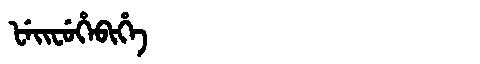
Manchu: ᡶᡝᡳᠸᡠᡥᡝᠪᡳᡥᡝ
Romanization: FEIFUHEBIHE